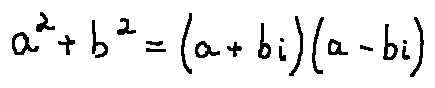
a ^ { 2 } + b ^ { 2 } = ( a + b i ) ( a - b i )